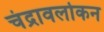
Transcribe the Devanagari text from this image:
चंद्रावलोकन